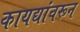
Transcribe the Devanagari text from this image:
कायद्यांवरून